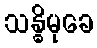
သန္ဓိမုခေ